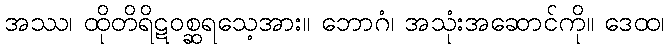
အဿ၊ ထိုတိရိဋဝစ္ဆရသေ့အား။ ဘောဂံ၊ အသုံးအဆောင်ကို။ ဒေထ၊